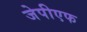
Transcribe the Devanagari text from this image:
जेपीएफ